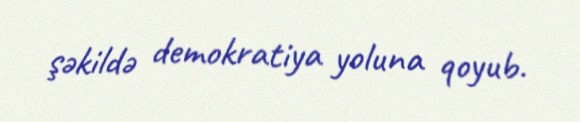
şəkildə demokratiya yoluna qoyub.